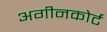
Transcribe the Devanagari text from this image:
अगीनकोर्ट